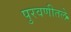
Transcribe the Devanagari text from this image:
पुरवणीतले